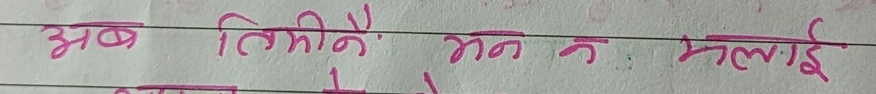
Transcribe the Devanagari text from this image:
अब तिमी नै : मन क : मलाई